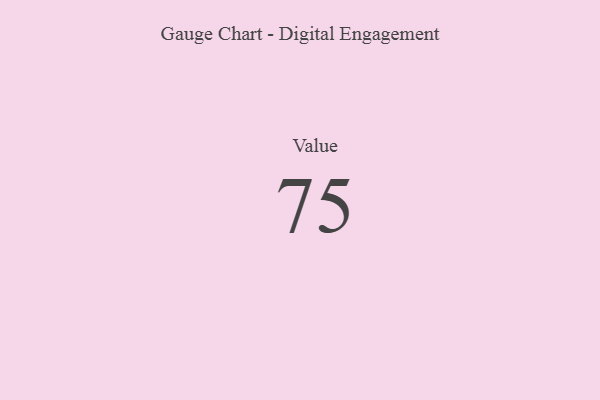
{"axis": {"x": "Metric", "y": "Value"}, "legend": [""], "data": [{"x": "Value", "y": 75, "type": ""}]}